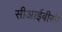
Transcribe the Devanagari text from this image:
सीआईबीसी